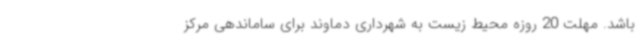
باشد. مهلت 20 روزه محیط زیست به شهرداری دماوند برای ساماندهی مرکز